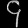
Digit: ၄